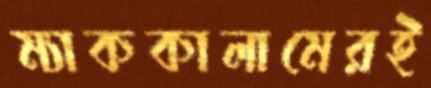
ম্যাককালামেরই